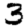
Digit: 3